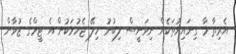
އެރިތާ މާ ގިނައިރުތަކެއް ނިވަނީސް ލިބުނު ހިލޭ ޖެހުމަކުން އެ ޓީމްގެ ޒުވާން